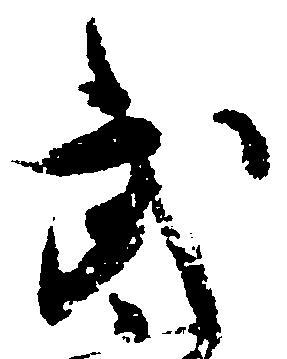
武